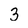
Character: 3